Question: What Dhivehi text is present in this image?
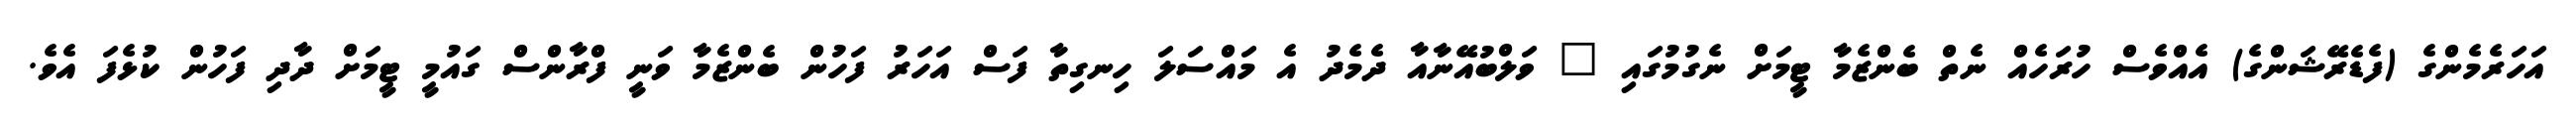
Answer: އަހަރެމެންގެ (ފެޑެރޭޝަންގެ) އެއްވެސް ހުރަހެއް ނެތް ބެންޒެމާ ޓީމަށް ނެގުމުގައި " ވަލްބުއޭނާއާ ދެމެދު އެ މައްސަލަ ހިނގިތާ ފަސް އަހަރު ފަހުން ބެންޒެމާ ވަނީ ފްރާންސް ގައުމީ ޓީމަށް ދާދި ފަހުން ކުޅެފަ އެވެ.